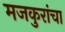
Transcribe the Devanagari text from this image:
मजकुरांचा